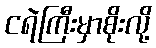
ငရဲကြီးမှာစိုးလို့